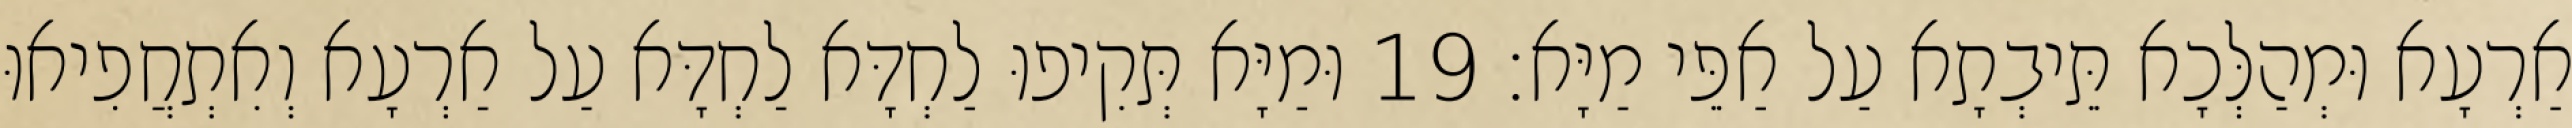
אַרְעָא וּמְהַלְּכָא תֵּיבְתָא עַל אַפֵּי מַיָּא׃ 19 וּמַיָּא תְּקִיפוּ לַחְדָּא לַחְדָּא עַל אַרְעָא וְאִתְחֲפִיאוּ